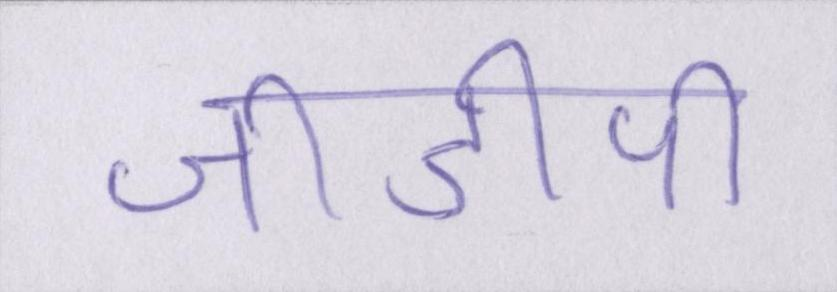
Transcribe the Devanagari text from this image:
जीडीपी